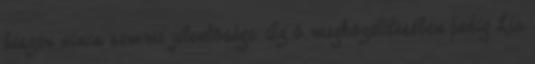
hiszen nincs semmi jelentősége. Az ő megközelítésében pedig Lia